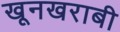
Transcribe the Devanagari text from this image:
खूनखराबी